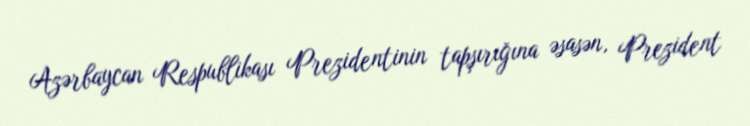
Azərbaycan Respublikası Prezidentinin tapşırığına əsasən, Prezident